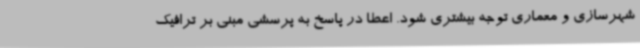
شهرسازی و معماری توجه بیشتری شود. اعطا در پاسخ به پرسشی مبنی بر ترافیک